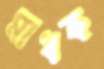
মাধক